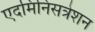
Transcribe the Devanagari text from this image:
एदमिनिसत्रेशन